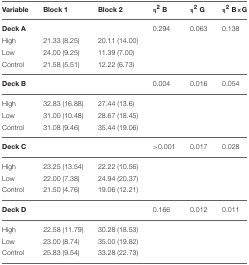
| Variable | Block 1 | Block 2 | η2 B | η2 G | η2 B × G |
 | --- | --- | --- | --- | --- | --- |
 | Deck A |  |  | 0.294 | 0.063 | 0.138 |
 | High | 21.33 (8.25) | 20.11 (14.00) |  |  |  |
 | Low | 24.00 (9.25) | 11.39 (7.00) |  |  |  |
 | Control | 21.58 (5.51) | 12.22 (6.73) |  |  |  |
 | Deck B |  |  | 0.004 | 0.016 | 0.054 |
 | High | 32.83 (16.88) | 27.44 (13.6) |  |  |  |
 | Low | 31.00 (10.48) | 28.67 (18.45) |  |  |  |
 | Control | 31.08 (9.46) | 35.44 (19.06) |  |  |  |
 | Deck C |  |  | >0.001 | 0.017 | 0.028 |
 | High | 23.25 (13.54) | 22.22 (10.56) |  |  |  |
 | Low | 22.00 (7.38) | 24.94 (20.37) |  |  |  |
 | Control | 21.50 (4.76) | 19.06 (12.21) |  |  |  |
 | Deck D |  |  | 0.166 | 0.012 | 0.011 |
 | High | 22.58 (11.79) | 30.28 (18.53) |  |  |  |
 | Low | 23.00 (8.74) | 35.00 (19.82) |  |  |  |
 | Control | 25.83 (9.54) | 33.28 (22.73) |  |  |  |